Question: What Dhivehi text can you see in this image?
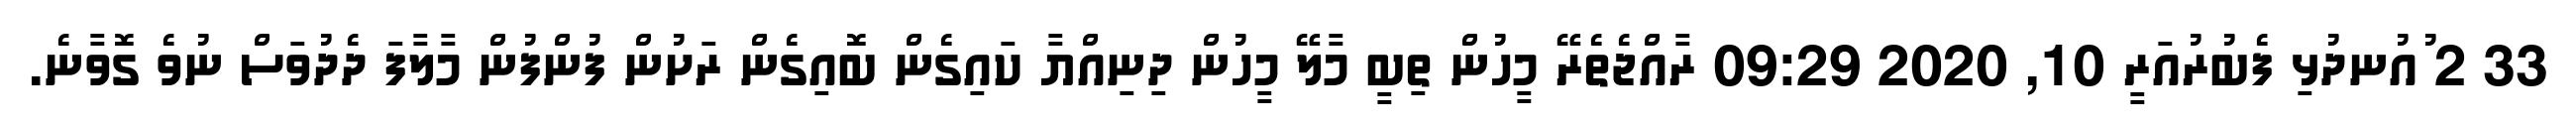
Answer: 33 2 ުއުނދުޅި ފެބުރުއަރީ 10, 2020 09:29 ރާއްޖެތެރޭ މީހުން ތިބީ މާލޭ މީހުން ދިނިއްޔާ ކައިގެން ބޮއިގެން ރަށުން ފުންފުން މާލާފަ ދެދުވަސް ނުވެ ގޮވާނެ.